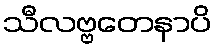
သီလဗ္ဗတေနာပိ